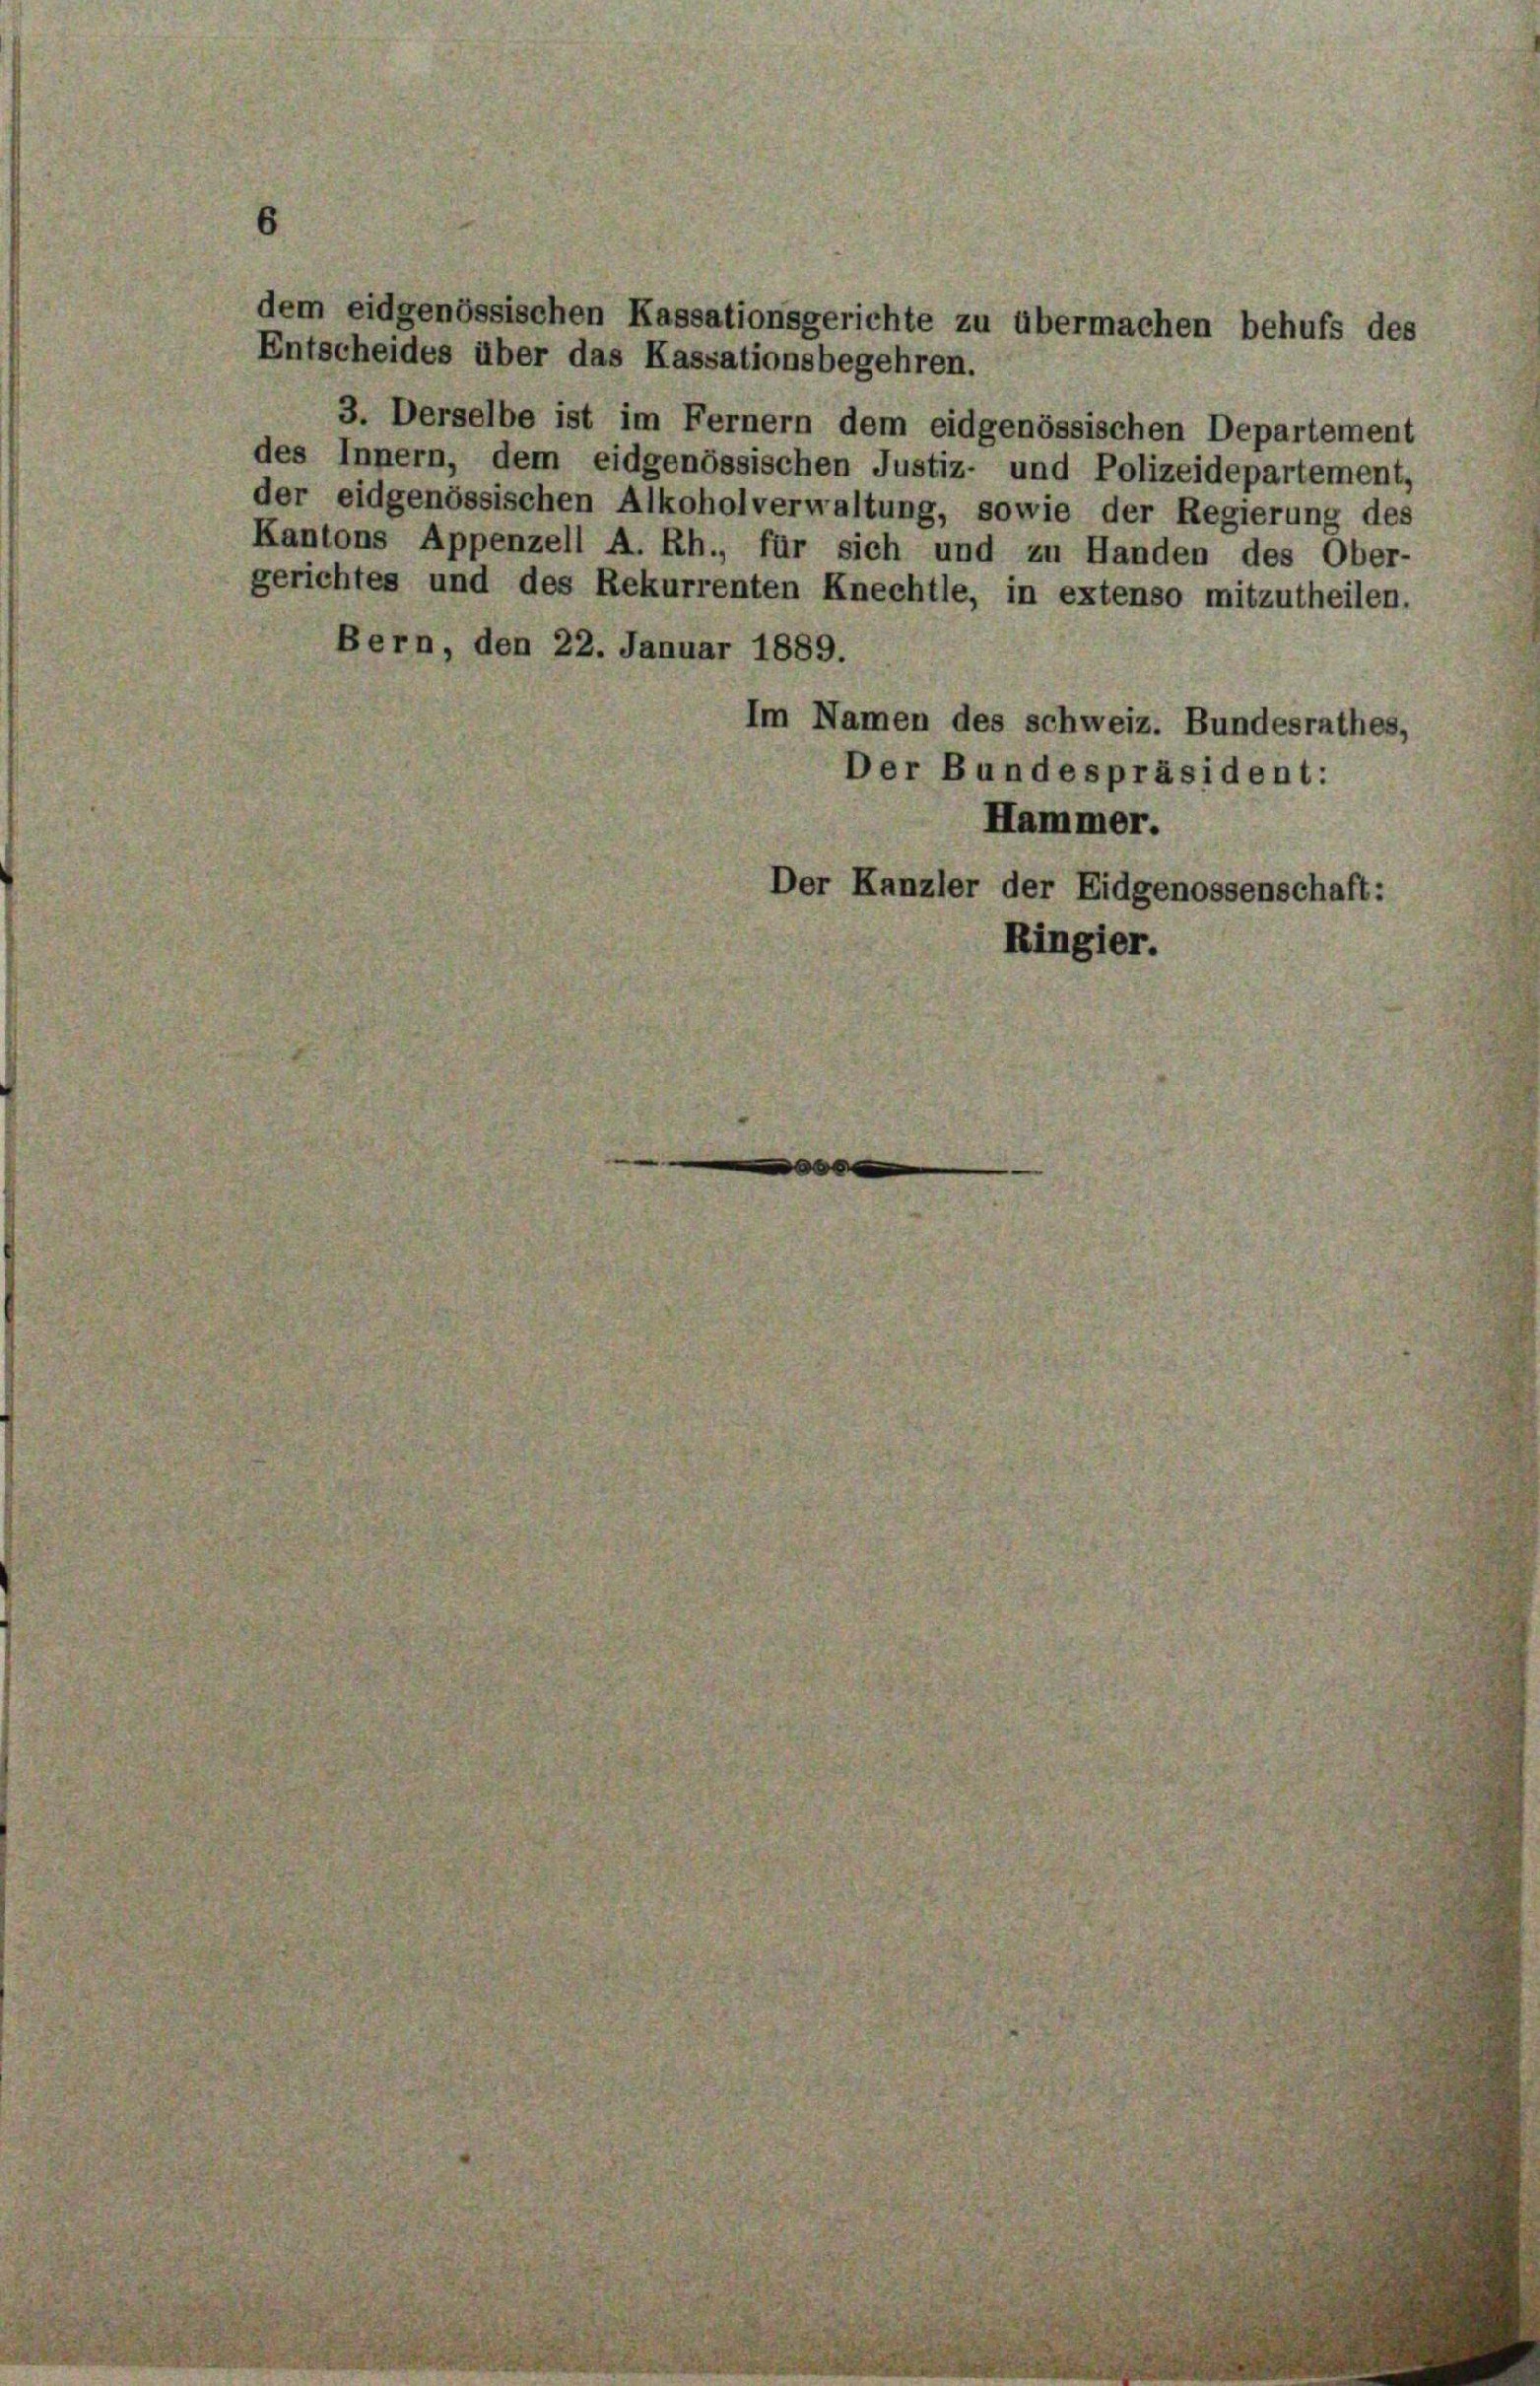
dem eidgenössischen Kassationsgerichte zu übermachen behufs des
Entscheides über das Kassationsbegehren.
3. Derselbe ist im Fernern dem eidgenössischen Departement
des Innern, dem eidgenössischen Justiz- und Polizeidepartement,
der eidgenössischen Alkoholverwaltung, sowie der Regierung des
Kantons Appenzell A. Rh., für sich und zu Handen des Ober-
gerichtes und des Rekurrenten Knechtle, in extenso mitzutheilen.
Bern, den 22. Januar 1889.

Im Namen des schweiz. Bundesrathes,
Der Bundespräsident:
Hammer.
Der Kanzler der Eidgenossenschaft:
Ringier.